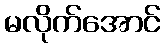
မလိုက်အောင်